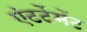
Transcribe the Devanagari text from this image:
एंटर्टेमेंट